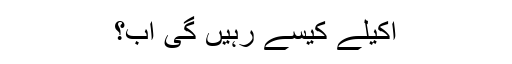
اکیلے کیسے رہیں گی اب؟